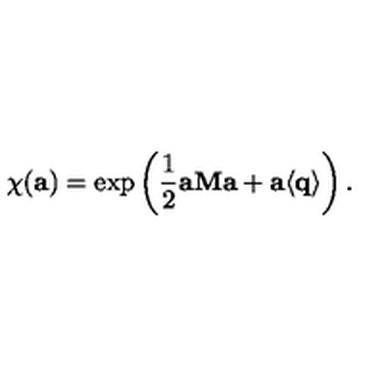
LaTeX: \chi ( { \bf a } ) = \exp \left( \frac 1 2 { \bf a } { \bf M } { \bf a } + { \bf a } \langle { \bf q } \rangle \right) .